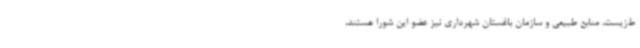
ط‌زیست، منابع طبیعی و سازمان باغستان شهرداری نیز عضو این شورا هستند،